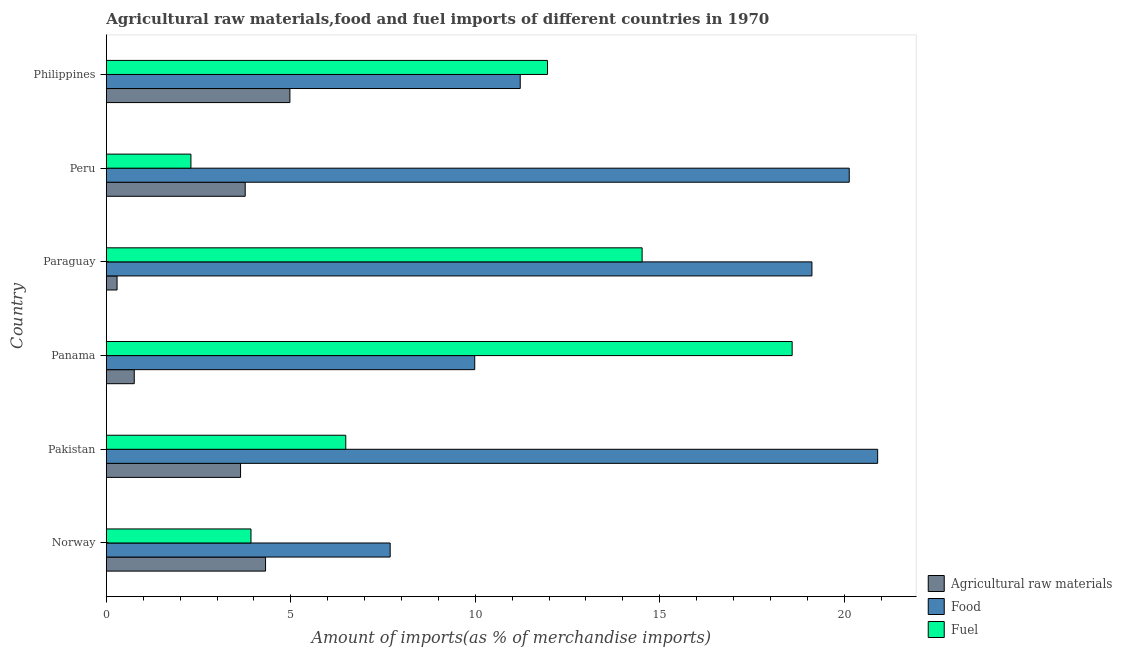
| Country | Agricultural raw materials | Food | Fuel |
 | --- | --- | --- | --- |
 | Norway | 4.32 | 7.69 | 3.92 |
 | Pakistan | 3.64 | 20.9 | 6.49 |
 | Panama | 0.757 | 9.99 | 18.6 |
 | Paraguay | 0.291 | 19.1 | 14.5 |
 | Peru | 3.76 | 20.1 | 2.29 |
 | Philippines | 4.98 | 11.2 | 12 |